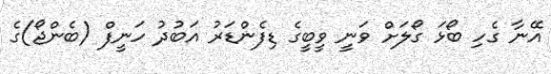
އޭނާ ގެހި ބޯޅަ ގޯލަށް ވަނީ ވީބީގެ ޑިފެންޑަރު އަބުދު ހަނީފް (ބެންޖޯ)ގެ